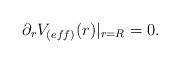
LaTeX: \begin{align*}\partial _{r}V_{(eff)}(r)|_{r=R}=0. \end{align*}